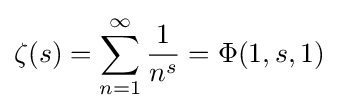
\zeta (s)=\sum _{n=1}^{\infty }{\frac {1}{n^{s}}}=\Phi (1,s,1)